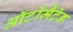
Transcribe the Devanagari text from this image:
ऑटोमैटेड